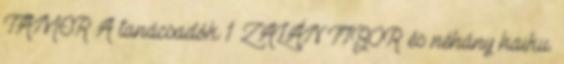
TAMER A tanácsadók 1 ZALÁN TIBOR: és néhány haiku.